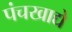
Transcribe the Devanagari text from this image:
पंचखाद्ये